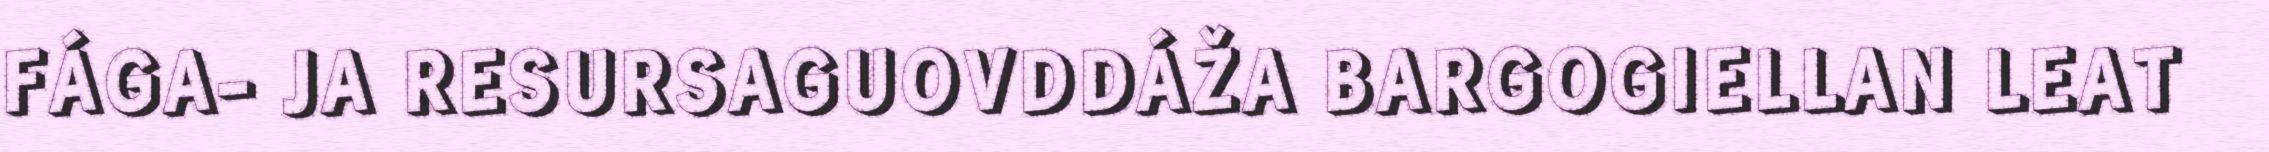
FÁGA- JA RESURSAGUOVDDÁŽA BARGOGIELLAN LEAT